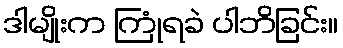
ဒါမျိုးက ကြုံရခဲ ပါဘိခြင်း။